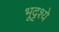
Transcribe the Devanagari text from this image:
भूदृश्ये